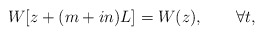
\begin{align*}W[z+(m+in)L]=W(z), \qquad \forall t,\end{align*}